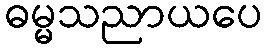
ဓမ္မသညာယပေ